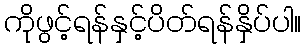
ကိုဖွင့်ရန်နှင့်ပိတ်ရန်နှိပ်ပါ။